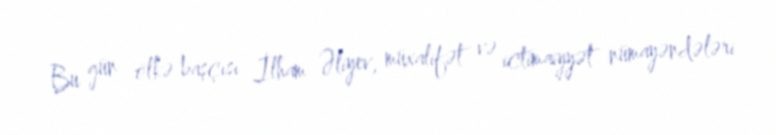
Bu gün ölkə başçısı İlham Əliyev, müxalifət və ictimaiyyət nümayəndələri